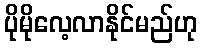
ပိုမိုလေ့လာနိုင်မည်ဟု